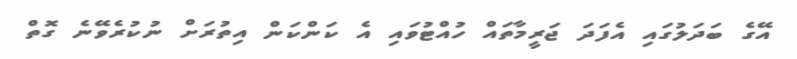
އޭގެ ބަދަލުގައި އެފަދަ ޖަރީމާތައް ހުއްޓުވައި އެ ކަންކަން އިތުރަށް ނުކުރެވޭނެ ގޮތް